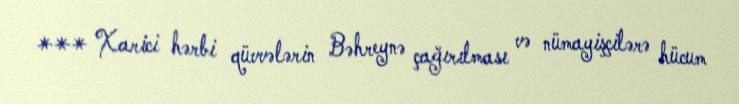
*** Xarici hərbi qüvvələrin Bəhreynə çağırılması və nümayişçilərə hücum